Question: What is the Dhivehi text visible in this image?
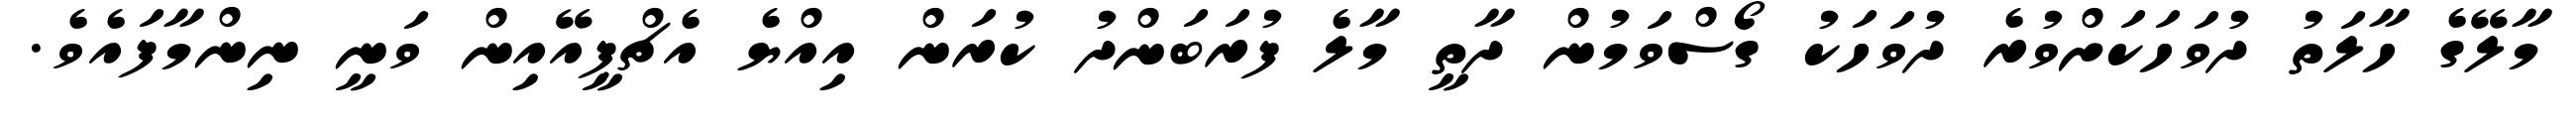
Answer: މާލޭގެ ހާލަތު ދުވަހަކަށްވުރެ ދުވަހަކު ގޯސްވަމުން ދާތީ މާލެ ފުރަބަންދު ކުރަން އިއްޔެ އެޗްޕީއޭއިން ވަނީ ނިންމާފައެވެ.